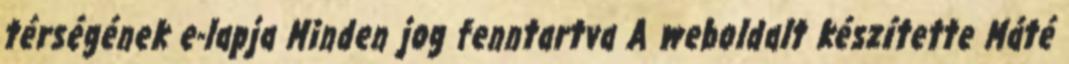
térségének e-lapja Minden jog fenntartva A weboldalt készítette Máté